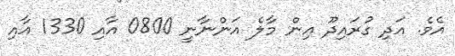
އެވެ. އަދި ގުރައިދޫ އިން މާލެ އަންނާނީ 0800 އާއި 1330 އާއި